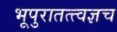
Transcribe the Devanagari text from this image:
भूपुरातत्त्वज्ञच